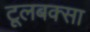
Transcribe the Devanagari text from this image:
टूलबक्सा